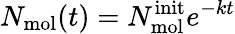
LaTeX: N_{\mathrm{mol}}(t)=N_{\mathrm{mol}}^{\mathrm{init}}e^{-kt}